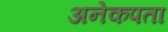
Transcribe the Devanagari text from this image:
अनेकपता